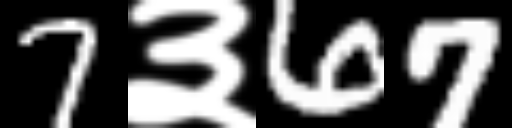
Text: 7३67